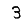
Digit: 3